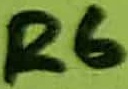
Text: R6